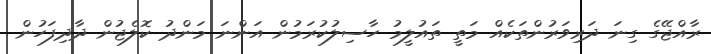
ރާއްޖޭގެ ގިނަ ދަރިވަރުންތަކެއް މަތީ ތައުލީމު ހާސިލުކުރަމުން އަންނަ މަންދު ކޮލެޖުން ދާދިފަހުން